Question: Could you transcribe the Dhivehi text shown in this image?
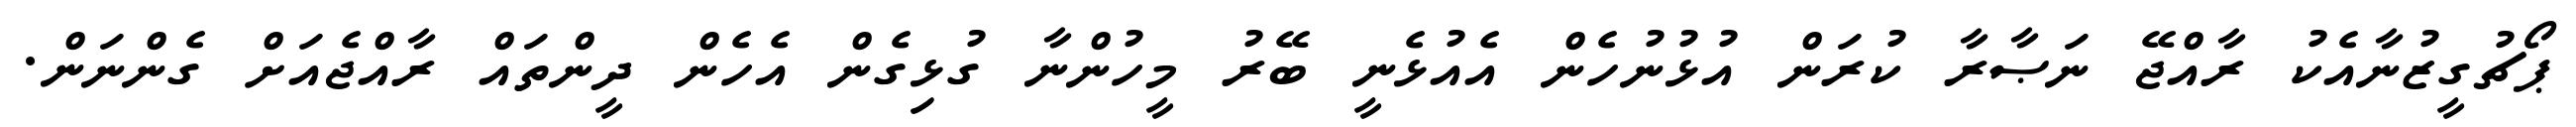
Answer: ޕޯޗުގީޒުނާއެކު ރާއްޖޭ ނަޞާރާ ކުރަން އުޅުނުހެން އެއުޅެނީ ބޭރު މީހުންނާ ގުޅިގެން އެހެން ދީންތައް ރާއްޖެއަށް ގެންނަން.